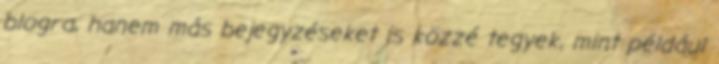
blogra, hanem más bejegyzéseket is közzé tegyek, mint például